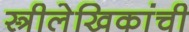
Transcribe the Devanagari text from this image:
स्त्रीलेखिकांची